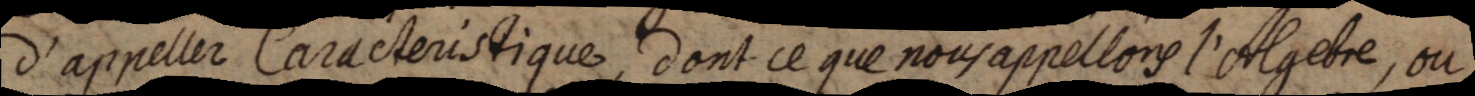
d’appeller Caracteristique, dont ce que nous appellons l’Algebre, ou